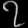
Digit: ၇